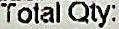
TOTAL QTY: